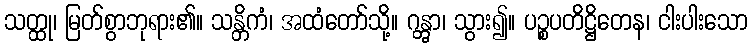
သတ္ထု၊ မြတ်စွာဘုရား၏။ သန္တိကံ၊ အထံတော်သို့။ ဂန္တွာ၊ သွား၍။ ပဉ္စပတိဋ္ဌိတေန၊ ငါးပါးသော